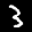
Label: 3